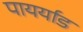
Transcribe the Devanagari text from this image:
पायर्याड